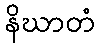
နိဃာတံ